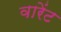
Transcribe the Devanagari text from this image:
वारेंट